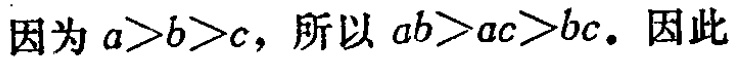
因为 \(a>b>c\)，所以 \(ab>ac>bc\)。因此